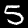
Digit: 5